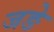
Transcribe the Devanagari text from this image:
जङे